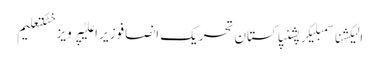
الیکشناسمبلیکرپشنپاکستان تحریک انصافوزیر اعلیٰپرویز خٹکتعلیم